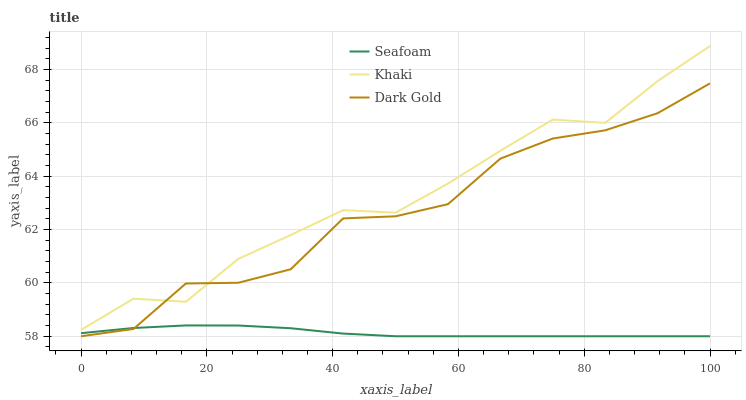
| xaxis_label | Seafoam | Khaki | Dark Gold |
 | --- | --- | --- | --- |
 | 0 | 58.1 | 58.2 | 58 |
 | 8.33 | 58.3 | 59.4 | 58.3 |
 | 16.7 | 58.4 | 59.3 | 60 |
 | 25 | 58.4 | 60.9 | 60 |
 | 33.3 | 58.3 | 61.8 | 60.5 |
 | 41.7 | 58.1 | 62.7 | 62.4 |
 | 50 | 58 | 62.6 | 62.5 |
 | 58.3 | 58 | 63.7 | 63 |
 | 66.7 | 58 | 65 | 64.7 |
 | 75 | 58 | 66.1 | 65.4 |
 | 83.3 | 58 | 66 | 65.7 |
 | 91.7 | 58 | 67.6 | 66.4 |
 | 100 | 58 | 68.9 | 67.5 |